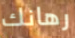
رهانك